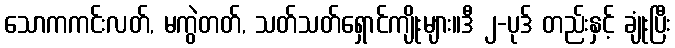
သောကကင်းလတ်, မကွဲတတ်, သတ်သတ်ရှောင်ကျိုးများ။ဒီ ၂-ပုဒ် တည်းနှင့် ချုံးပြီး